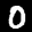
Label: 0